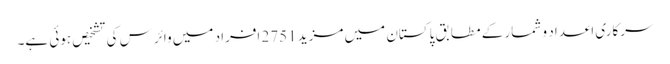
سرکاری اعداد و شمار کے مطابق پاکستان میں مزید 2751 افراد میں وائرس کی تشخیص ہوئی ہے۔